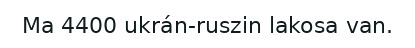
Ma 4400 ukrán-ruszin lakosa van.